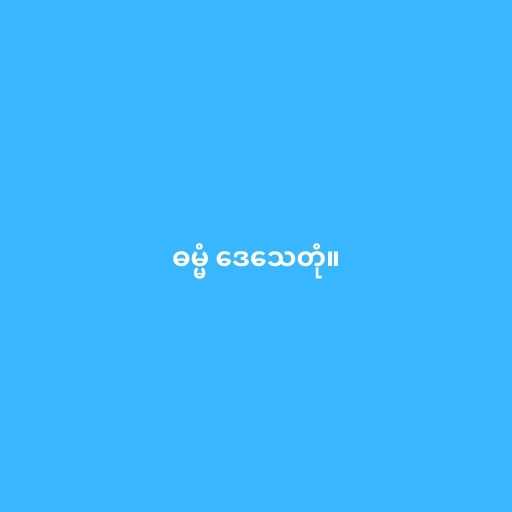
ဓမ္မံ ဒေသေတုံ။